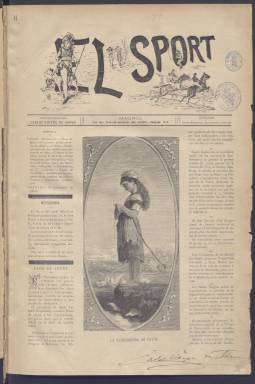
Título: El Sport (Madrid)
Colección: Deportes
Ámbito geográfico: Madrid
Lugar de publicación: Madrid
Fechas: 30/11/1889-30/06/1892